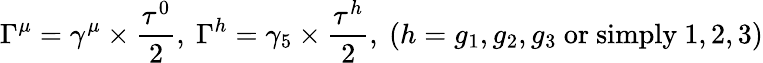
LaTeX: \Gamma^{\mu}=\gamma^{\mu}\times\frac{\tau^{0}}{2},\ \Gamma^{h}=\gamma_{5}\times\frac{\tau^{h}}{2},\ (h=g_{1},g_{2},g_{3}\mathrm{\ or\ simply\ }1,2,3)